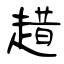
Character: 趞